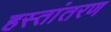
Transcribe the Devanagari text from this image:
हस्‍तांतरण